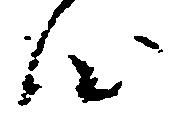
心